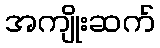
အကျိုးဆက်